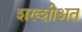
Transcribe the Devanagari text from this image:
शख्शीअत